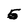
Character: 5